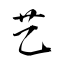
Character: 艺